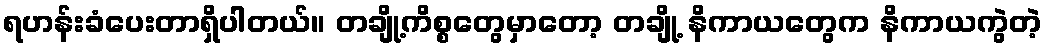
ရဟန်းခံပေးတာရှိပါတယ်။ တချို့ကိစ္စတွေမှာတော့ တချို့ နိကာယတွေက နိကာယကွဲတဲ့